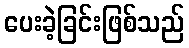
ပေးခဲ့ခြင်းဖြစ်သည်